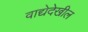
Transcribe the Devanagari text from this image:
वाद्येदेखील